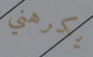
يكرهني